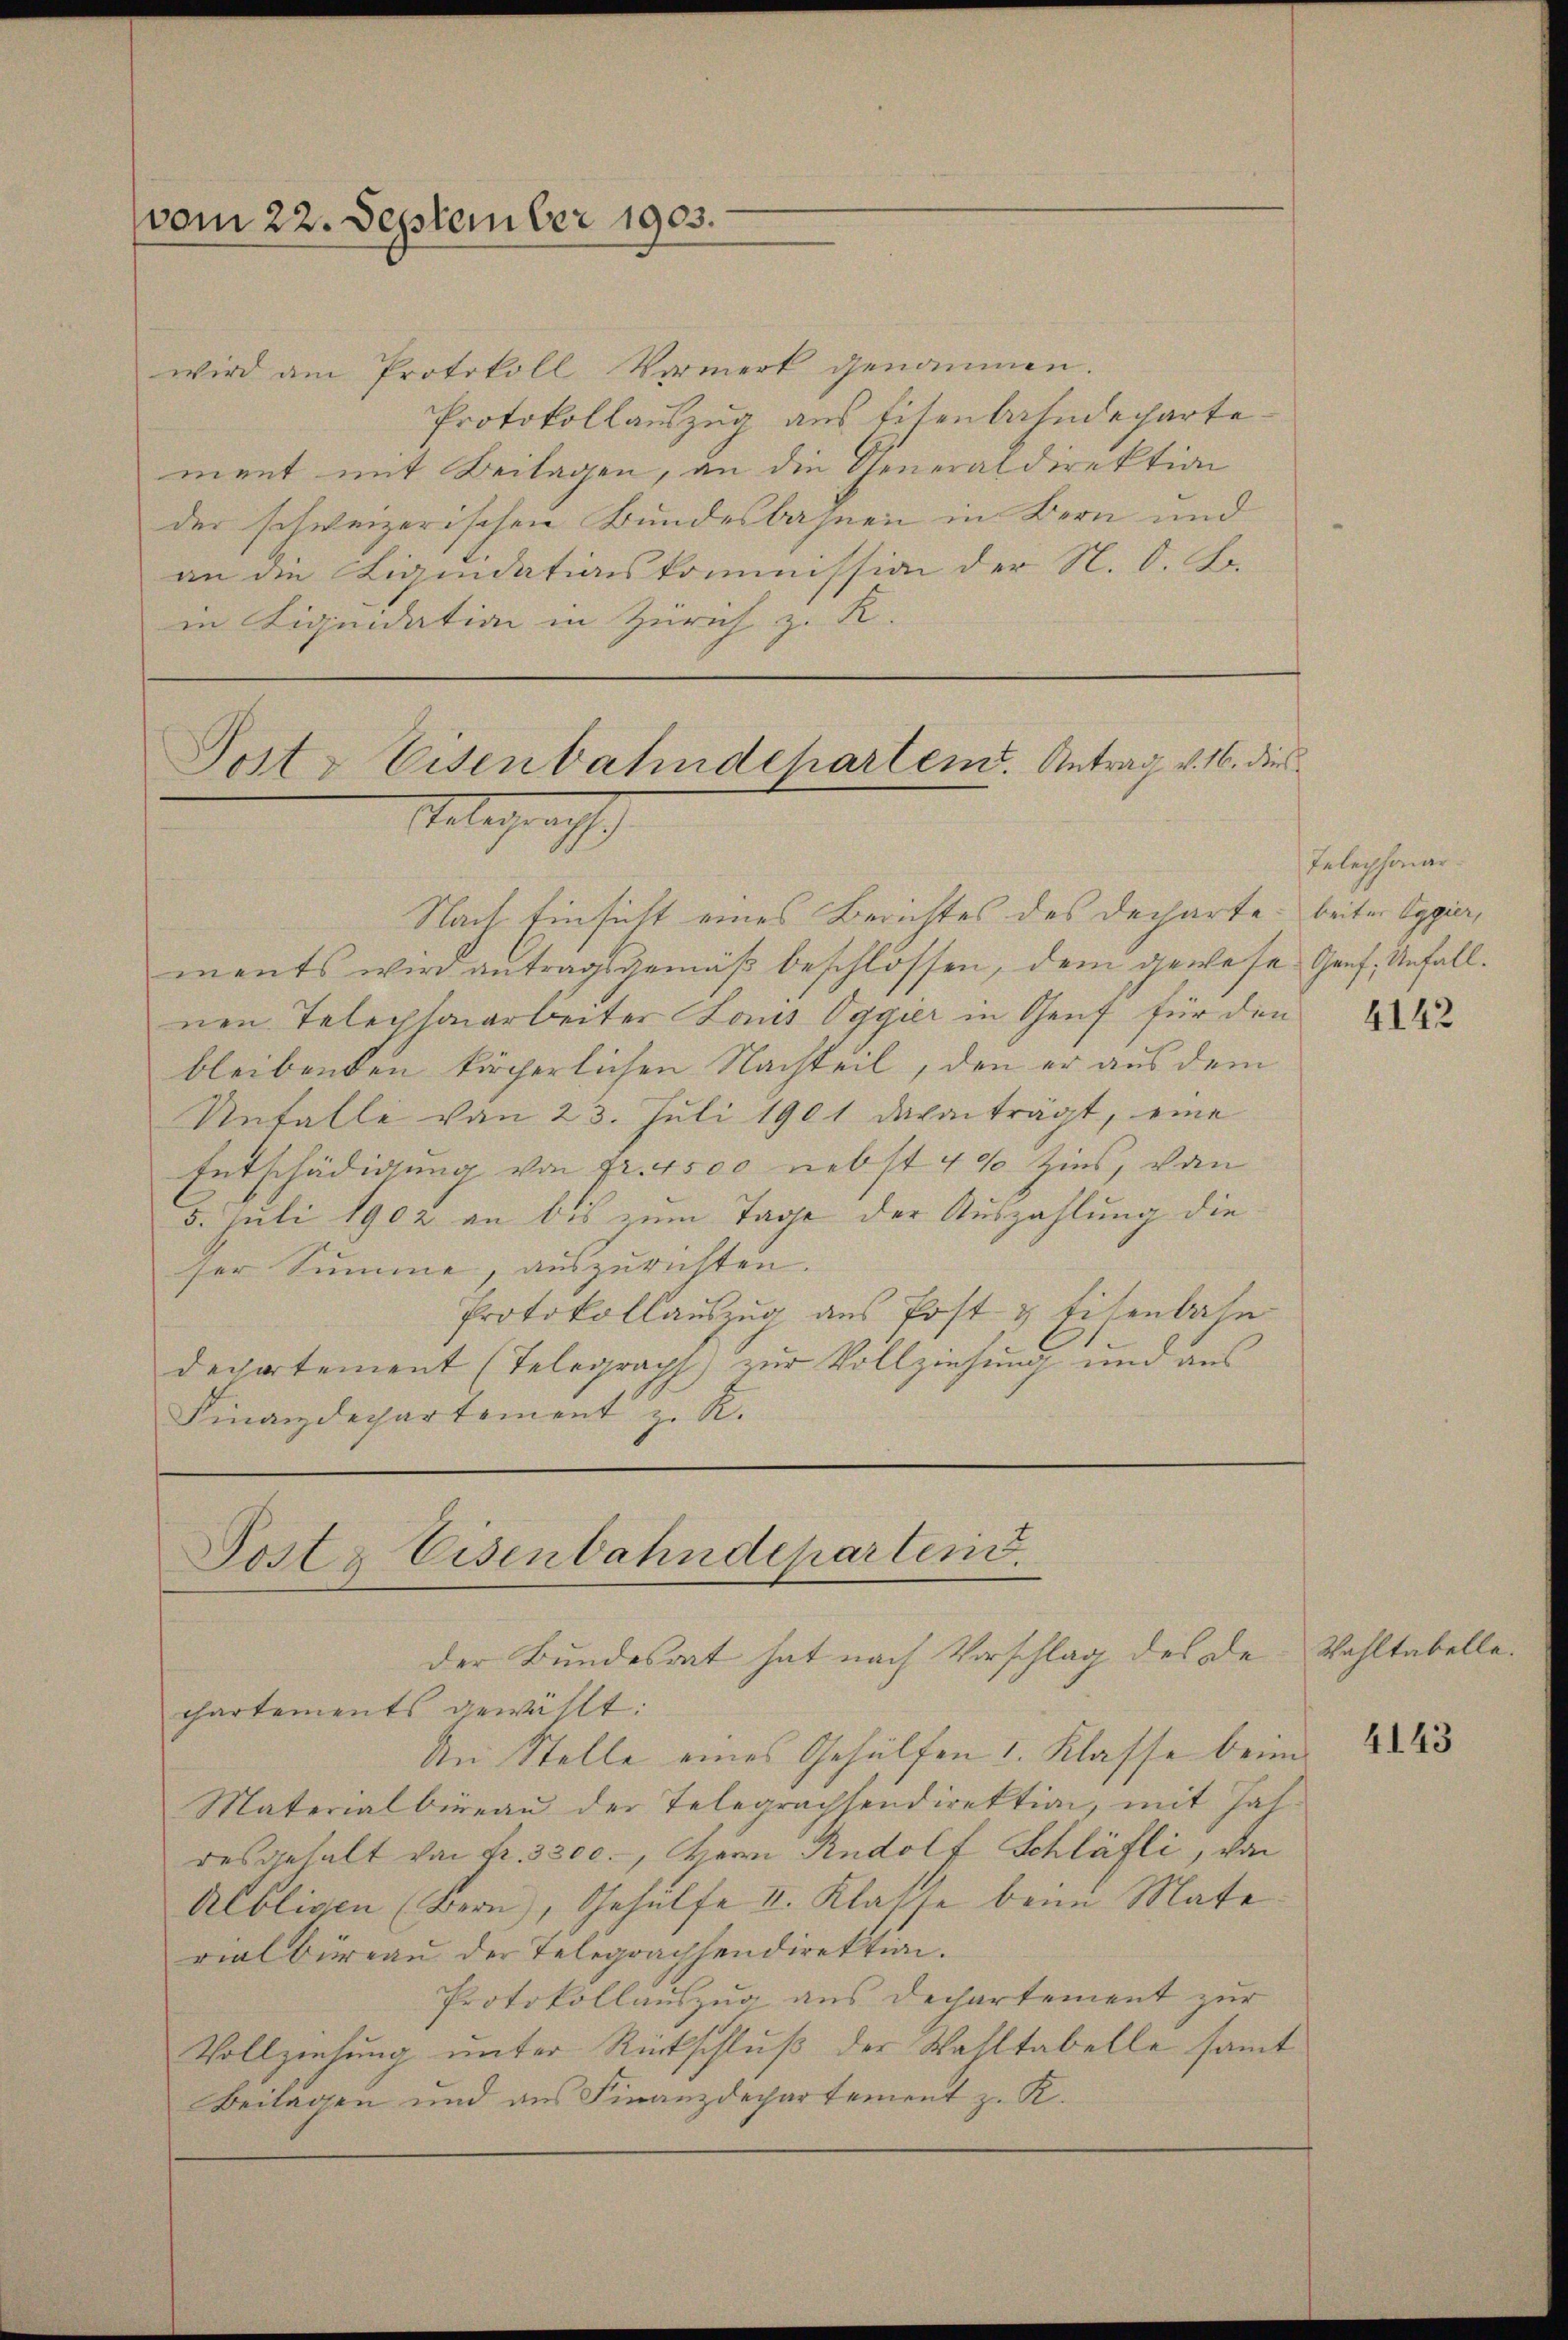
vom 22. September 1903.

wird am Protokoll Vormerk genommen.
Protokollauszug aus Eisenbahndecharte.
ment mit Beilagen, an die Generaldirektion
der schweizerischen Bundesbahnen in Bern und
an die Liquidationskommission der N. O. S.
in Liquidation in Zürich z. R.

Posts Eisenbahndehartend. Antrag v. 16. dies
Telegraph

Nach Einsicht eines Berichtes des Decharte
ments wird antragsgemäß beschlossen, dem gewese Genf, Unfallnen Telephonarbeiter Louis Oggier in Genf für den
bleibenden körperlichen Nachteil, den er aus dem
Unfalle von 23. Juli 1901 davon trägt, eine
Entschädigung von fr. 4500 nebst 4% Zins, von
5. Juli 1902 an bis zum Tage der Auszahlung die
ser Summe, auszurichten.
Protokollauszug aus Post & Eisenbahn
dechartement (Telegraph zur Vollziehung und aus
Finanzdepartement z. R.

Post & Eisenbahndepartend.
der Bundesrat hat nach Vorschlag des de

Telephonar
beiter Eggier,

chartements gewählt:
An Stelle eines Gehülfen 1. Klasse beim
Materialbüreau der Telegrachsendirektion, mit Jahdesgehalt von Fr. 3300., Herr Rudolf Schläfli, von
Albligen (Bern), Gehülfe II. Klasse beim Mate
rialbüreau der Telegrachsendirektion.
Protokollauszug aus Dechartement zur
Vollziehung unter Rückschluß der Wahltabelle samt
Beilagen und aus Finanzdepartement z. K.

4142

Wahltabelle.

4143